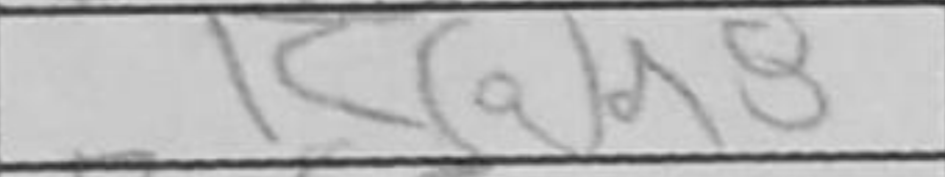
Transcription: Rad8